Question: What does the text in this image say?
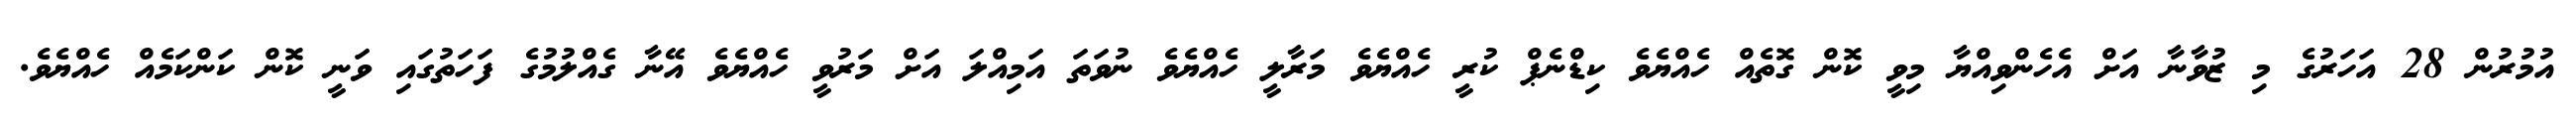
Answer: އުމުރުން 28 އަހަރުގެ މި ޒުވާނާ އަށް އެހެންވިއްޔާ މިވީ ކޮން ގޮތެއް ހެއްޔެވެ ކިޑްނެޕް ކުރީ ހެއްޔެވެ މަރާލީ ހެއްޔެވެ ނުވަތަ އަމިއްލަ އަށް މަރުވީ ހެއްޔެވެ އޭނާ ގެއްލުމުގެ ފަހަތުގައި ވަނީ ކޮން ކަންކަމެއް ހެއްޔެވެ.